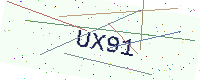
Text: UX91